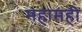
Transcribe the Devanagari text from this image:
महामही